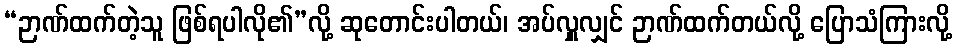
“ဉာဏ်ထက်တဲ့သူ ဖြစ်ရပါလို၏”လို့ ဆုတောင်းပါတယ်၊ အပ်လှူလျှင် ဉာဏ်ထက်တယ်လို့ ပြောသံကြားလို့